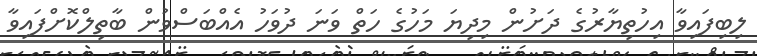
ލިބިފައިވާ އިހުތިޔާރުގެ ދަށުން މިދިޔަ މަހުގެ ހަތް ވަނަ ދުވަހު އެއްބަސްވުން ބާތިލްކޮށްފައިވާ